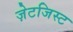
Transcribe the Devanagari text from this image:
ज़ेटजिस्ट